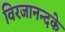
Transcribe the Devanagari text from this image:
विरजानन्दके